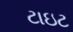
ટાઇટ